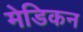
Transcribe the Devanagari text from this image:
मेडिकन